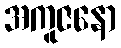
အကူဇနော